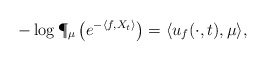
\begin{align*} -\log \P_\mu\left(e^{-\langle f,X_t\rangle}\right)=\langle u_f(\cdot,t),\mu\rangle,\end{align*}